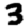
Digit: 3